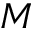
M